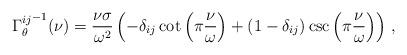
LaTeX: \begin{align*}{\Gamma^{ij}_\theta}^{-1}(\nu) = \frac{\nu\sigma}{\omega^2}\left(-\delta_{ij} \cot\left(\pi\frac{\nu}{\omega}\right)+ \left(1 - \delta_{ij}\right) \csc\left(\pi\frac{\nu}{\omega}\right) \right) \,,\end{align*}